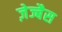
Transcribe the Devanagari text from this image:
ज़ेज्बैस